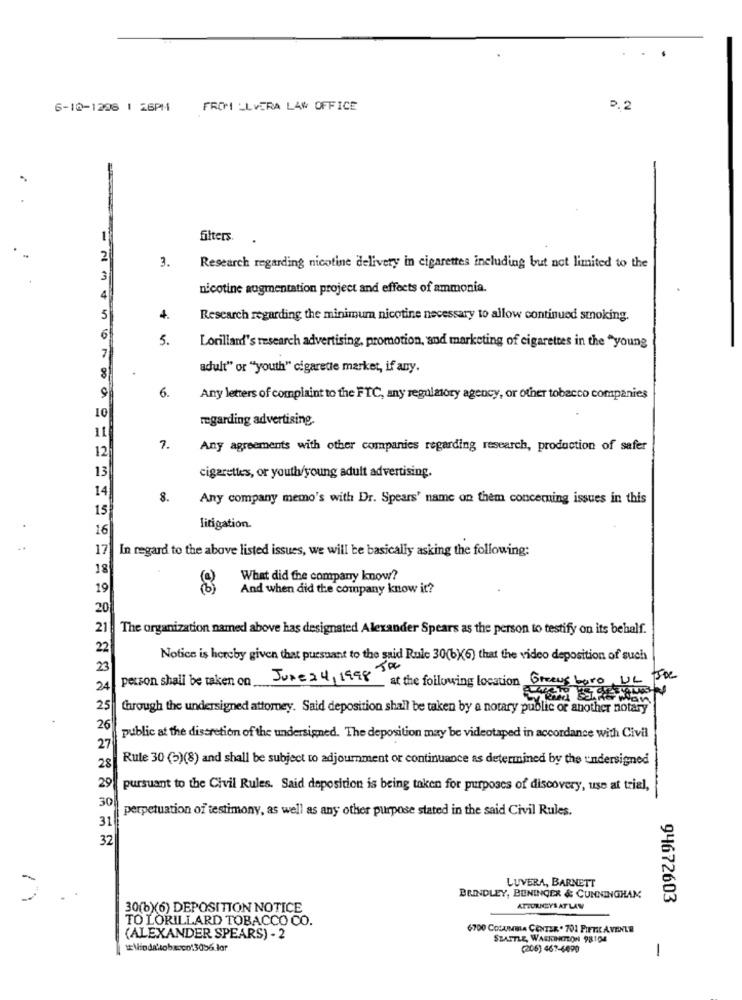
6-10-1208 1 26PM FROM _LVERA LAW OFFICE
D.2
1
filters.
2
3.
Research regarding nicotine delivery in cigarettes including but not limited to the
3
4
nicotine augmentation project and effects of ammonia.
5
4.
Research regarding the minimum nicotine necessary to allow continued stoking.
6
5.
7
Lorillard's research advertising, promotion, and marketing of cigarettes in the "young
adult" or ""youth" cigarette market, if any.
8
6.
Any letters of complaint to the FTC, any regulatory agency, or other tobacco companies
10
regarding advertising.
11
12
7.
Any agreements with other companies regarding research, production of safer
13
cigarettes, or youth/young adult advertising.
14
8.
Any company memo's with Dr. Spears' name on them concerning issues in this
15
16
litigation.
17
In regard to the above listed issues, we will be basically asking the following:
18
What did the company know?
19
And when did the company know it?
20
21
The organization named above has designated Alexander Spears as the person to testify on its behalf.
22
Notice is hereby given that pursuant to the said Rule 30(6)(6) that the video deposition of such
23
24 Person shall be taken on
June 2 4, 1998 50
at the following location Greens boro, UL Joe
Man
25
through the undersigned attorney. Said deposition shall be taken by a notary public or another notary
26
public at the discretion of the undersigned. The deposition may be videotaped in accordance with Civil
27
Rule 30 (5)(8) and shall be subject to adjournment or continuance as determined by the undersigned
28
29
pursuant to the Civil Rules. Said deposition is being taken for purposes of discovery, use at trial,
30
perpetuation of testimony, as well as any other purpose stated in the said Civil Rules.
31
32
LUVERA, BARNETT
BRINDLEY, BUNINGER & CUNNINGHAM
94672603
30(b)(6) DEPOSITION NOTICE
ATTORNEY'S AT LAW
TO LORILLARD TOBACCO CO.
6700 COLUMBIA CENTER . 701 PIETIL AVENLE
(ALEXANDER SPEARS) - 2
SEATTLE, WASHINGTON 98104
(205) 467-4490
-